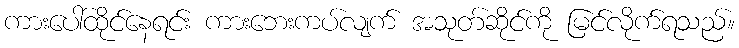
ကားပေါ်ထိုင်နေရင်း ကားဘေးကပ်လျက် အသုတ်ဆိုင်ကို မြင်လိုက်ရသည်။